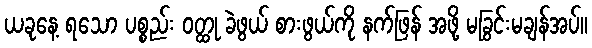
ယခုနေ့ ရသော ပစ္စည်း ဝတ္ထု ခဲဖွယ် စားဖွယ်ကို နက်ဖြန် အဖို့ မခြွင်းမချန်အပ်။